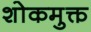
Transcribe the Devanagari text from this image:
शोकमुक्त